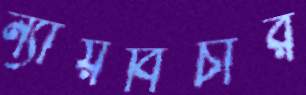
ন্যায়বিচার